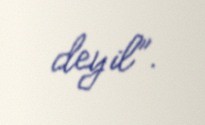
deyil”.